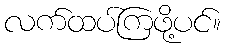
လက်ထပ်ကြဖို့ပင်။